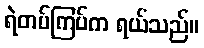
ရဲတပ်ကြပ်က ရယ်သည်။